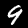
Digit: 9